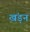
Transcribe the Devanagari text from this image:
खंड़न